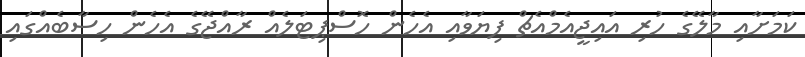
ކަމަށާއި މާލޭގެ ހުރި އައިޖީއެމްއެޗް ފިޔަވާއި އެހެން ހޮސްޕިޓަލެއް ރާއްޖޭގެ އެހެން ހިސާބެއްގައި